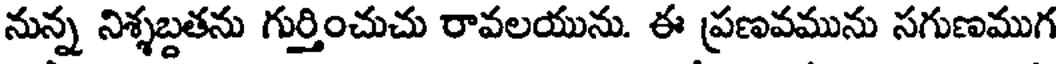
నున్న నిశ్శబ్దతను గుర్తించుచు రావలయును. ఈ ప్రణవమును సగుణముగ